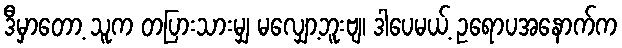
ဒီမှာတော့ သူက တပြားသားမျှ မလျှော့ဘူးဗျ၊ ဒါပေမယ့် ဥရောပအနောက်က